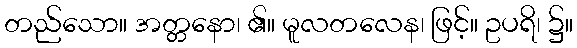
တည်သော။ အတ္တနော၊ ၏။ မူလတလေန၊ ဖြင့်။ ဥပရိ၊ ၌။